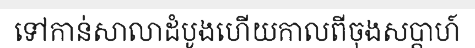
ទៅកាន់សាលាដំបូងហើយកាលពីចុងសប្តាហ៍